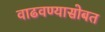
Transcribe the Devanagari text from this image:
वाढवण्यासोबत